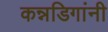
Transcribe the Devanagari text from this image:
कन्नडिगांनी